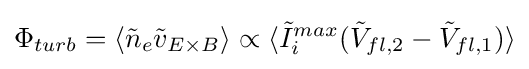
\Phi _{turb}=\langle {\tilde {n}}_{e}{\tilde {v}}_{E\times B}\rangle \propto \langle {\tilde {I}}_{i}^{max}({\tilde {V}}_{fl,2}-{\tilde {V}}_{fl,1})\rangle